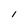
Character: I